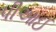
પીઆઈ